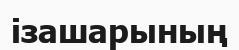
ізашарының